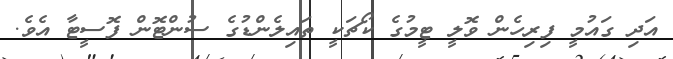
އަދި ގައުމީ ފިރިހެން ވޮލީ ޓީމުގެ ކޯޗަކީ ތައިލެންޑުގެ ސުންޓޮން ފޮސީޓާ އެވެ.